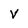
Character: V